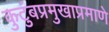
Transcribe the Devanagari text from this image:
कुटुंबप्रमुखाप्रमाणे